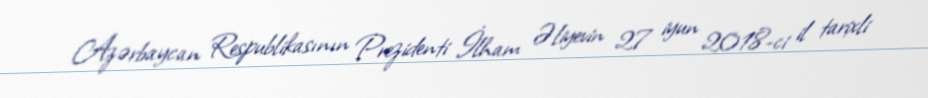
Azərbaycan Respublikasının Prezidenti İlham Əliyevin 27 iyun 2018-ci il tarixli